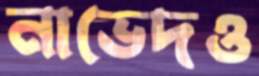
নাভেদও